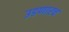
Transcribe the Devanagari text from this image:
उडणारच